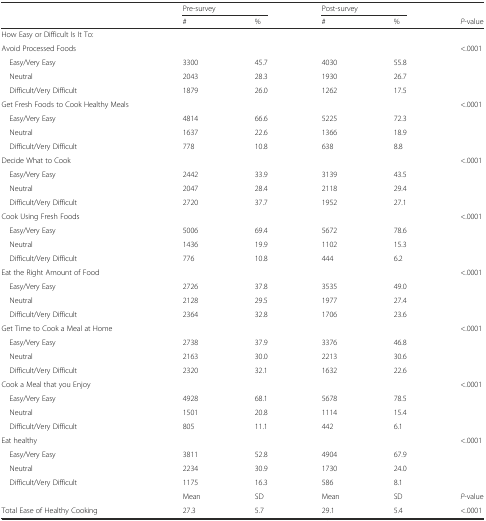
<table><thead><tr><td>[EMPTY_CELL]</td><td colspan="2"><b>Pre-survey</b></td><td colspan="2"><b>Post-survey</b></td><td>[EMPTY_CELL]</td></tr><tr><td>[EMPTY_CELL]</td><td><b>#</b></td><td><b>%</b></td><td><b>#</b></td><td><b>%</b></td><td><b><i>P</i>-value</b></td></tr></thead><tbody><tr><td>How Easy or Difficult Is It To:</td><td>[EMPTY_CELL]</td><td>[EMPTY_CELL]</td><td>[EMPTY_CELL]</td><td>[EMPTY_CELL]</td><td>[EMPTY_CELL]</td></tr><tr><td>Avoid Processed Foods</td><td>[EMPTY_CELL]</td><td>[EMPTY_CELL]</td><td>[EMPTY_CELL]</td><td>[EMPTY_CELL]</td><td>&lt;.0001</td></tr><tr><td> Easy/Very Easy</td><td>3300</td><td>45.7</td><td>4030</td><td>55.8</td><td>[EMPTY_CELL]</td></tr><tr><td> Neutral</td><td>2043</td><td>28.3</td><td>1930</td><td>26.7</td><td>[EMPTY_CELL]</td></tr><tr><td> Difficult/Very Difficult</td><td>1879</td><td>26.0</td><td>1262</td><td>17.5</td><td>[EMPTY_CELL]</td></tr><tr><td>Get Fresh Foods to Cook Healthy Meals</td><td>[EMPTY_CELL]</td><td>[EMPTY_CELL]</td><td>[EMPTY_CELL]</td><td>[EMPTY_CELL]</td><td>&lt;.0001</td></tr><tr><td> Easy/Very Easy</td><td>4814</td><td>66.6</td><td>5225</td><td>72.3</td><td>[EMPTY_CELL]</td></tr><tr><td> Neutral</td><td>1637</td><td>22.6</td><td>1366</td><td>18.9</td><td>[EMPTY_CELL]</td></tr><tr><td> Difficult/Very Difficult</td><td>778</td><td>10.8</td><td>638</td><td>8.8</td><td>[EMPTY_CELL]</td></tr><tr><td>Decide What to Cook</td><td>[EMPTY_CELL]</td><td>[EMPTY_CELL]</td><td>[EMPTY_CELL]</td><td>[EMPTY_CELL]</td><td>&lt;.0001</td></tr><tr><td> Easy/Very Easy</td><td>2442</td><td>33.9</td><td>3139</td><td>43.5</td><td>[EMPTY_CELL]</td></tr><tr><td> Neutral</td><td>2047</td><td>28.4</td><td>2118</td><td>29.4</td><td>[EMPTY_CELL]</td></tr><tr><td> Difficult/Very Difficult</td><td>2720</td><td>37.7</td><td>1952</td><td>27.1</td><td>[EMPTY_CELL]</td></tr><tr><td>Cook Using Fresh Foods</td><td>[EMPTY_CELL]</td><td>[EMPTY_CELL]</td><td>[EMPTY_CELL]</td><td>[EMPTY_CELL]</td><td>&lt;.0001</td></tr><tr><td> Easy/Very Easy</td><td>5006</td><td>69.4</td><td>5672</td><td>78.6</td><td>[EMPTY_CELL]</td></tr><tr><td> Neutral</td><td>1436</td><td>19.9</td><td>1102</td><td>15.3</td><td>[EMPTY_CELL]</td></tr><tr><td> Difficult/Very Difficult</td><td>776</td><td>10.8</td><td>444</td><td>6.2</td><td>[EMPTY_CELL]</td></tr><tr><td>Eat the Right Amount of Food</td><td>[EMPTY_CELL]</td><td>[EMPTY_CELL]</td><td>[EMPTY_CELL]</td><td>[EMPTY_CELL]</td><td>&lt;.0001</td></tr><tr><td> Easy/Very Easy</td><td>2726</td><td>37.8</td><td>3535</td><td>49.0</td><td>[EMPTY_CELL]</td></tr><tr><td> Neutral</td><td>2128</td><td>29.5</td><td>1977</td><td>27.4</td><td>[EMPTY_CELL]</td></tr><tr><td> Difficult/Very Difficult</td><td>2364</td><td>32.8</td><td>1706</td><td>23.6</td><td>[EMPTY_CELL]</td></tr><tr><td>Get Time to Cook a Meal at Home</td><td>[EMPTY_CELL]</td><td>[EMPTY_CELL]</td><td>[EMPTY_CELL]</td><td>[EMPTY_CELL]</td><td>&lt;.0001</td></tr><tr><td> Easy/Very Easy</td><td>2738</td><td>37.9</td><td>3376</td><td>46.8</td><td>[EMPTY_CELL]</td></tr><tr><td> Neutral</td><td>2163</td><td>30.0</td><td>2213</td><td>30.6</td><td>[EMPTY_CELL]</td></tr><tr><td> Difficult/Very Difficult</td><td>2320</td><td>32.1</td><td>1632</td><td>22.6</td><td>[EMPTY_CELL]</td></tr><tr><td>Cook a Meal that you Enjoy</td><td>[EMPTY_CELL]</td><td>[EMPTY_CELL]</td><td>[EMPTY_CELL]</td><td>[EMPTY_CELL]</td><td>&lt;.0001</td></tr><tr><td> Easy/Very Easy</td><td>4928</td><td>68.1</td><td>5678</td><td>78.5</td><td>[EMPTY_CELL]</td></tr><tr><td> Neutral</td><td>1501</td><td>20.8</td><td>1114</td><td>15.4</td><td>[EMPTY_CELL]</td></tr><tr><td> Difficult/Very Difficult</td><td>805</td><td>11.1</td><td>442</td><td>6.1</td><td>[EMPTY_CELL]</td></tr><tr><td>Eat healthy</td><td>[EMPTY_CELL]</td><td>[EMPTY_CELL]</td><td>[EMPTY_CELL]</td><td>[EMPTY_CELL]</td><td>&lt;.0001</td></tr><tr><td> Easy/Very Easy</td><td>3811</td><td>52.8</td><td>4904</td><td>67.9</td><td>[EMPTY_CELL]</td></tr><tr><td> Neutral</td><td>2234</td><td>30.9</td><td>1730</td><td>24.0</td><td>[EMPTY_CELL]</td></tr><tr><td> Difficult/Very Difficult</td><td>1175</td><td>16.3</td><td>586</td><td>8.1</td><td>[EMPTY_CELL]</td></tr><tr><td>[EMPTY_CELL]</td><td>Mean</td><td>SD</td><td>Mean</td><td>SD</td><td><i>P</i>-value</td></tr><tr><td>Total Ease of Healthy Cooking</td><td>27.3</td><td>5.7</td><td>29.1</td><td>5.4</td><td>&lt;.0001</td></tr></tbody></table>